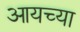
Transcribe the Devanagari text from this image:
आयच्या